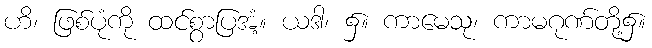
ဟိ၊ ဖြစ်ပုံကို ထင်စွာပြအံ့။ ယဒါ၊ ၌။ ကာမေသု၊ ကာမဂုဏ်တို့၌။